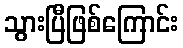
သွားပြီဖြစ်ကြောင်း